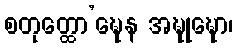
စတုတ္ထော’ဍ္ဎေန အဍ္ဎုဍ္ဎော၊